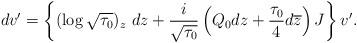
LaTeX: \begin{align*}dv'=\left\{(\log\sqrt{\tau_0})_z\ dz+\frac{i}{\sqrt{\tau_0}}\left(Q_0dz+\frac{\tau_0}{4}d\overline{z}\right)J\right\} v'.\end{align*}